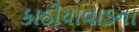
કાઠીયાવાડના